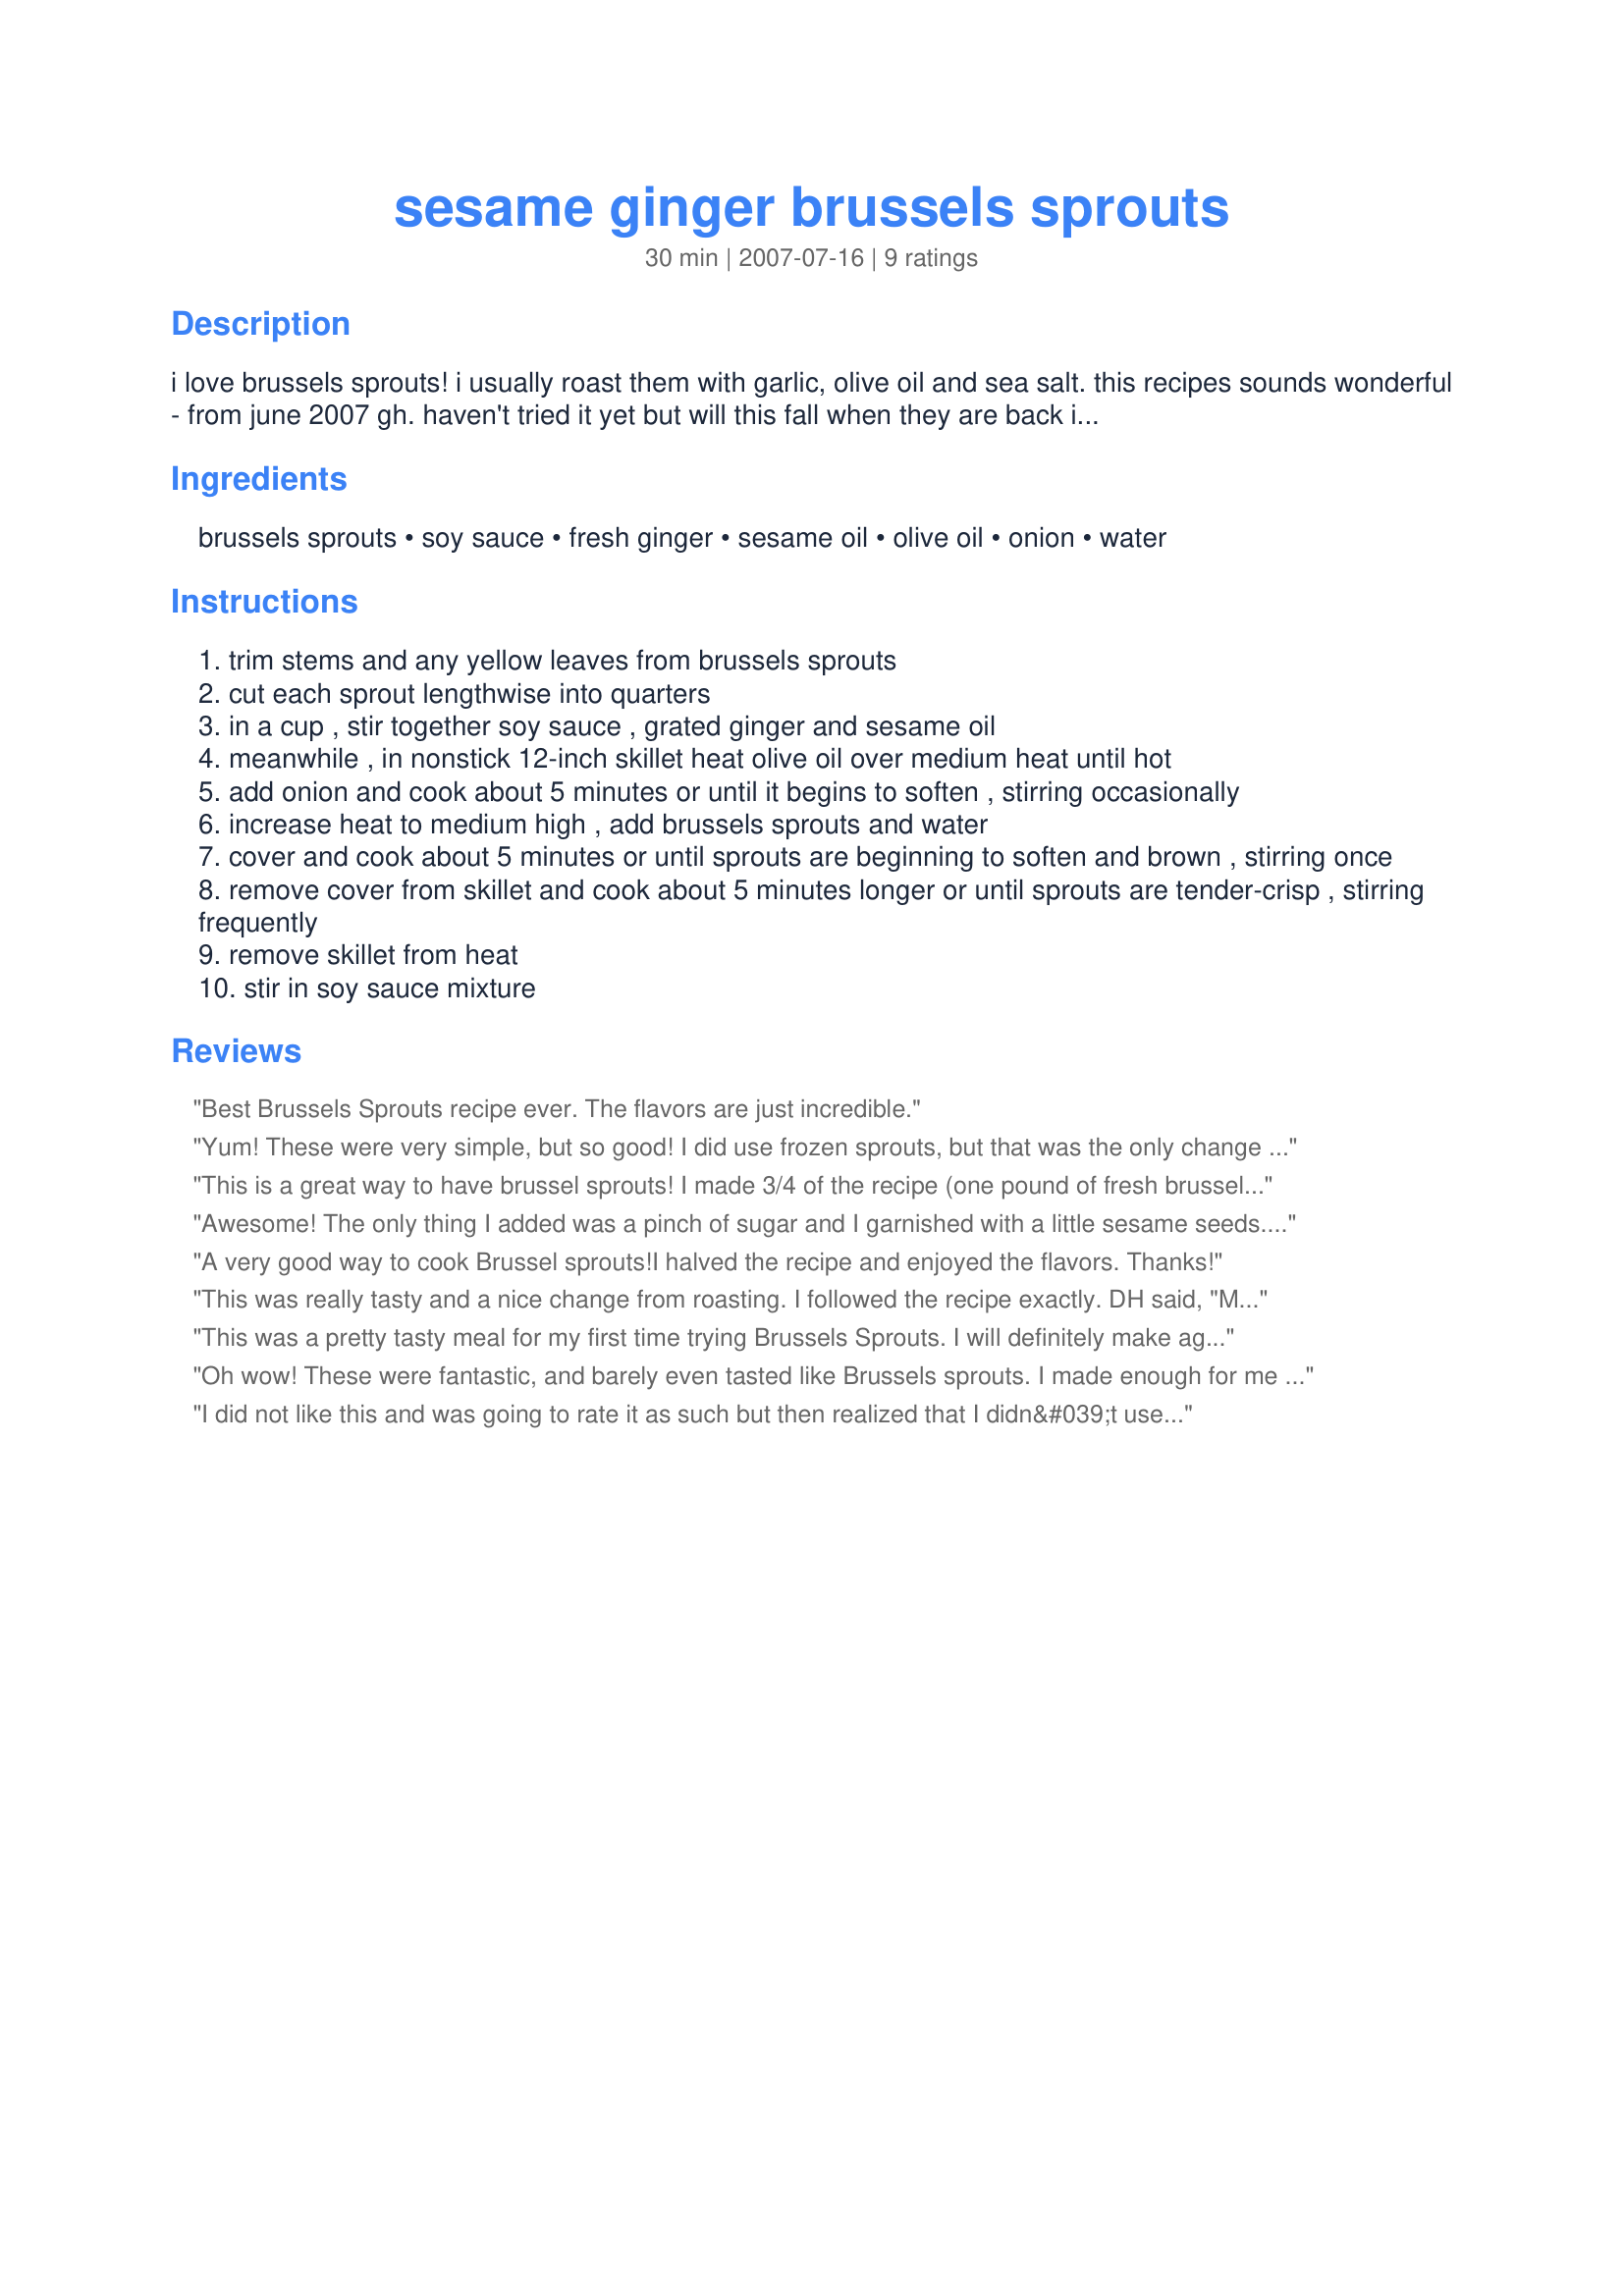
sesame ginger brussels sprouts
Preparation time: 30 minutes

i love brussels sprouts! i usually roast them with garlic, olive oil and sea salt. this recipes sounds wonderful - from june 2007 gh. haven't tried it yet but will this fall when they are back in season.

Ingredients:
brussels sprouts, soy sauce, fresh ginger, sesame oil, olive oil, onion, water

Steps:
trim stems and any yellow leaves from brussels sprouts
cut each sprout lengthwise into quarters
in a cup , stir together soy sauce , grated ginger and sesame oil
meanwhile , in nonstick 12-inch skillet heat olive oil over medium heat until hot
add onion and cook about 5 minutes or until it begins to soften , stirring occasionally
increase heat to medium high , add brussels sprouts and water
cover and cook about 5 minutes or until sprouts are beginning to soften and brown , stirring once
remove cover from skillet and cook about 5 minutes longer or until sprouts are tender-crisp , stirring frequently
remove skillet from heat
stir in soy sauce mixture

Reviews:
Best Brussels Sprouts recipe ever. The flavors are just incredible.
Yum! These were very simple, but so good! I did use frozen sprouts, but that was the only change I made. The directions were straightforward and easy to follow. Hubby agreed that these were so tasty & wonderful, and made the perfect side dish to our grilled chicken. Thanks for posting!
This is a great way to have brussel sprouts! I made 3/4 of the recipe (one pound of fresh brussel sprouts) for 3 people.
Awesome! The only thing I added was a pinch of sugar and I garnished with a little sesame seeds. I did use the reduced sodium soy sauce as recommended. I'm always thrilled to find new ways to fix my favorite vegetable! Thanx!
A very good way to cook Brussel sprouts!I halved the recipe and enjoyed the flavors. Thanks!
This was really tasty and a nice change from roasting. I followed the recipe exactly. DH said, "Make it again."
This was a pretty tasty meal for my first time trying Brussels Sprouts. I will definitely make again although I'll peel the ginger next time instead of grate it.
Oh wow! These were fantastic, and barely even tasted like Brussels sprouts. I made enough for me and DD, with some left overs. I'll make this again for sure.
I did not like this and was going to rate it as such but then realized that I didn&#039;t use fresh ginger so that wouldn&#039;t be fair. Also I let the sprouts get mushy which wasn&#039;t the recipe&#039;s fault! Regardless though, I don&#039;t think this will work for me even if I did make all the necessary changes. I added some extra soy sauce mixed with maple syrup to salvage it. Everyone is different though so don&#039;t let my review deter you!
